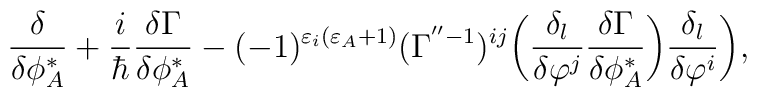
\rule{.9cm}{0cm} \frac{\delta}{\delta\phi^*_A}+ \frac{i}{\hbar}\frac{\delta\Gamma}{\delta\phi^*_A} -(-1)^{\varepsilon_i(\varepsilon_A+1)}(\Gamma^{''-1})^{ij} \bigg(\frac{\delta_l}{\delta\varphi^j}\frac{\delta\Gamma}{\delta\phi^*_A} \bigg)\frac{\delta_l}{\delta\varphi^i}\bigg),